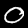
Digit: 0